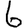
Digit: 6